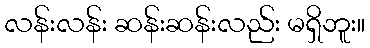
လန်းလန်း ဆန်းဆန်းလည်း မရှိဘူး။